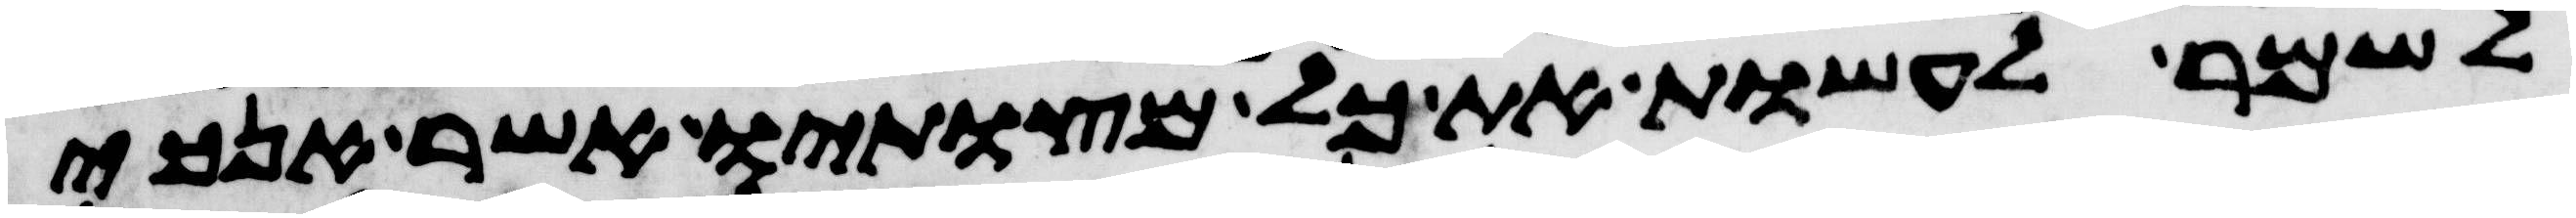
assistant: לשמר לעשות את כל מצותיו אשר אנכי